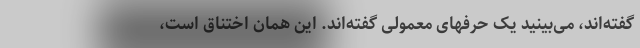
گفته‌اند، می‌بینید یک حرفهای معمولی‌ گفته‌اند. این همان اختناق است،